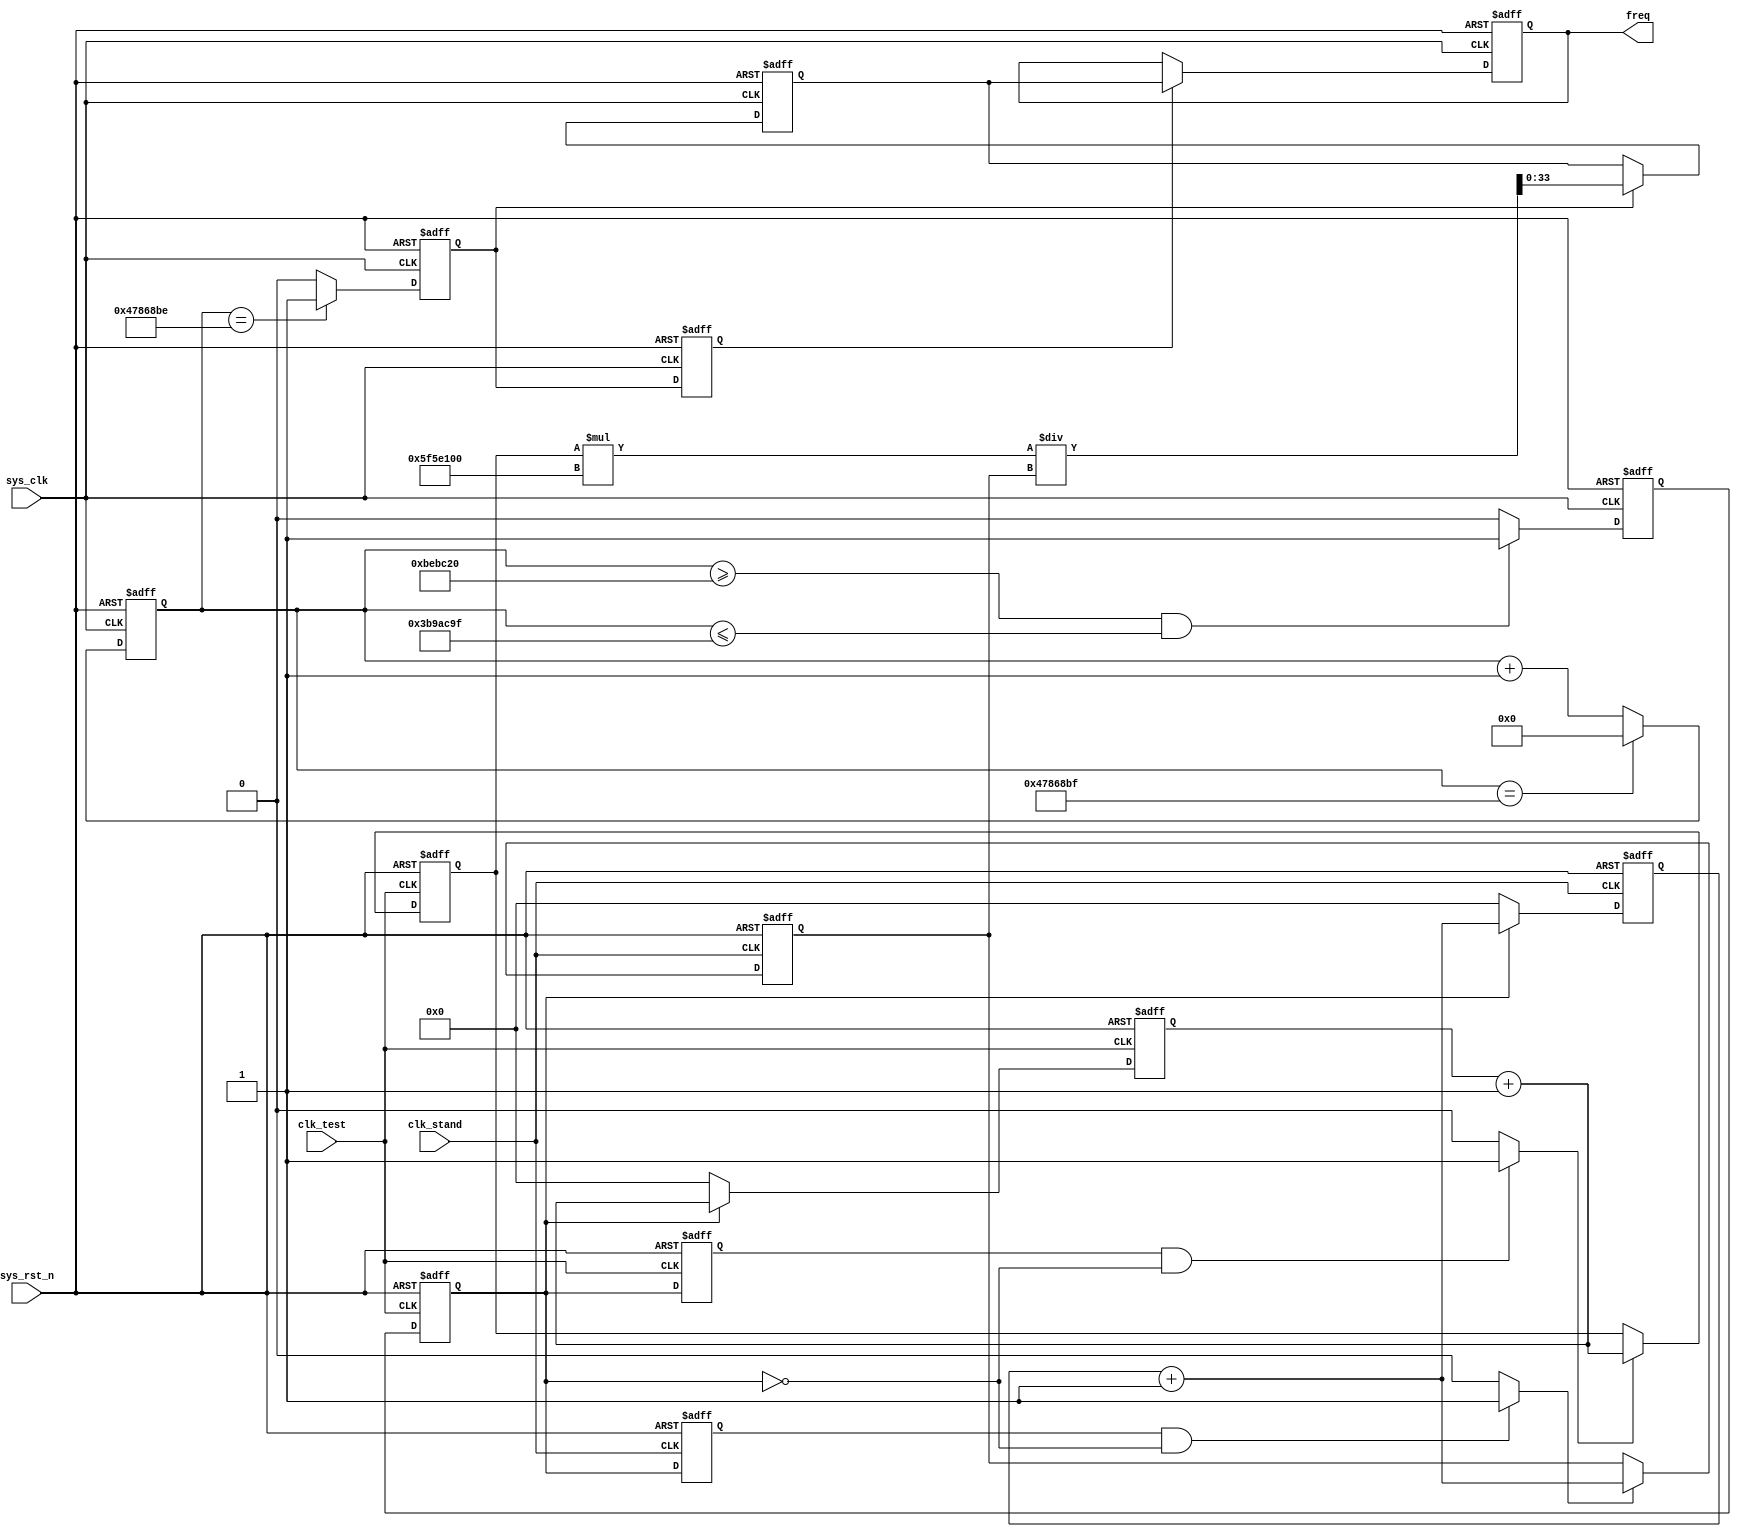
module freq_meter_calc (
    input wire sys_clk,
    input wire sys_rst_n,
    input wire clk_test,
    input wire clk_stand,
    output reg [33:0] freq
);
    
    parameter CNT_GATE_S_MAX = 27'd74_999_999;  // 1.5s
    parameter CNT_RISE_MAX = 27'd12_500_000;    // 0.25s
    parameter CLK_STAND_FREQ = 28'D100_000_000; // freq of clk_stand = 100Mhz
    
    wire gate_a_test_nedge_flag;
    wire gate_a_stand_nedge_flag;

    reg [26:0] cnt_gate_s;
    reg gate_s;
    reg gate_a;
    reg [47:0] cnt_clk_test;
    reg [47:0] cnt_clk_stand;
    reg gate_a_test;
    reg [47:0] cnt_clk_test_reg;
    reg gate_a_stand;
    reg [47:0] cnt_clk_stand_reg;
    reg calc_flag;
    reg [33:0] freq_reg;
    reg calc_flag_reg;

    // cnt_gate_s: 1.5s = count 0 to 74_999_999
    always @(posedge sys_clk or negedge sys_rst_n) begin
        if (sys_rst_n == 1'b0)
            cnt_gate_s <= 27'd0;
        else if (cnt_gate_s == CNT_GATE_S_MAX)
            cnt_gate_s <= 27'd0;
        else
            cnt_gate_s <= cnt_gate_s + 1'b1;
    end

    // gate_s: 0.25s(low) + 1s(high) + 0.25s(low)
    always @(posedge sys_clk or negedge sys_rst_n) begin
        if (sys_rst_n == 1'b0)
            gate_s <= 1'b0;
        else if ((cnt_gate_s >= CNT_RISE_MAX) && (cnt_gate_s <= (CNT_GATE_S_MAX - CNT_RISE_MAX)))
            gate_s <= 1'b1;
        else 
            gate_s <= 1'b0;
    end

    // gate_a
    always @(posedge clk_test or negedge sys_rst_n) begin
        if (sys_rst_n == 1'b0)
            gate_a <= 1'b0;
        else 
            gate_a <= gate_s;
    end

    // cnt_clk_test: count clk_test from 0 to X-1
    always @(posedge clk_test or negedge sys_rst_n) begin
        if (sys_rst_n == 1'b0)
            cnt_clk_test <= 48'd0;
        else if (gate_a == 1'b1)
            cnt_clk_test <= cnt_clk_test + 1'b1;
        else
            cnt_clk_test <= 48'd0;
    end

    // cnt_clk_stand: count clk_stand from 0 to Y-1
    always @(posedge clk_stand or negedge sys_rst_n) begin
        if (sys_rst_n == 1'b0)
            cnt_clk_stand <= 48'd0;
        else if (gate_a == 1'b1)
            cnt_clk_stand <= cnt_clk_stand + 1'b1;
        else 
            cnt_clk_stand <= 48'd0;
    end

    // gate_a_test: gate_a under clk_test delay 1 clk cycle
    always @(posedge clk_test or negedge sys_rst_n) begin
        if (sys_rst_n == 1'b0)
            gate_a_test <= 1'b0;
        else
            gate_a_test <= gate_a;
    end

    // gate_a_test_nedge_flag: detect the negative edge of gate_a_test
    assign gate_a_test_nedge_flag = ((gate_a_test == 1'b1) && (gate_a == 1'b0)) ? 1'b1 : 1'b0;

    // cnt_clk_test_reg: store cnt_clk_test last value X
    always @(posedge clk_test or negedge sys_rst_n) begin
        if (sys_rst_n == 1'b0)
            cnt_clk_test_reg <= 48'd0;
        else if (gate_a_test_nedge_flag == 1'b1)
            cnt_clk_test_reg <= cnt_clk_test + 1'b1;
    end
    
    // gate_a_stand: gate_a under clk_stand delay 1 clk cycle
    always @(posedge clk_stand or negedge sys_rst_n) begin
        if (sys_rst_n == 1'b0)
            gate_a_stand <= 1'b0;
        else
            gate_a_stand <= gate_a;
    end

    // gate_a_stand_nedge_flag: detect the negative edge of gate_a_stand
    assign gate_a_stand_nedge_flag = ((gate_a_stand == 1'b1) && (gate_a == 1'b0)) ? 1'b1 : 1'b0;

    // cnt_clk_stand_reg: store cnt_clk_stand last value Y
    always @(posedge clk_stand or negedge sys_rst_n) begin
        if (sys_rst_n == 1'b0)
            cnt_clk_stand_reg <= 48'd0;
        else if (gate_a_stand_nedge_flag == 1'b1)
            cnt_clk_stand_reg <= cnt_clk_stand + 1'b1;
    end

    // calc_flag: As cnt_gate_s = 74_999_998, calc_flag send a pulse signal. It means begin to caculate fx
    always @(posedge sys_clk or negedge sys_rst_n) begin
        if (sys_rst_n == 1'b0)
            calc_flag <= 1'b0;
        else if (cnt_gate_s == CNT_GATE_S_MAX - 1'b1)
            calc_flag <= 1'b1;
        else
            calc_flag <= 1'b0;
    end

    // freq_reg: As calc_flag=1, calculate fx
    always @(posedge sys_clk or negedge sys_rst_n) begin
        if (sys_rst_n == 1'b0)
            freq_reg <= 34'd0;
        else if (calc_flag == 1'b1)
            freq_reg <= cnt_clk_test_reg * CLK_STAND_FREQ / cnt_clk_stand_reg;
    end

    // calc_flag_reg: calc_flag delay 1 clk cycle
    always @(posedge sys_clk or negedge sys_rst_n) begin
        if (sys_rst_n == 1'b0)
            calc_flag_reg <= 1'b0;
        else
            calc_flag_reg <= calc_flag;
    end
    
    // freq: output the freq of clk_test
    always @(posedge sys_clk or negedge sys_rst_n) begin
        if (sys_rst_n == 1'b0)
            freq <= 34'd0;
        else if (calc_flag_reg == 1'b1)
            freq <= freq_reg;
    end

endmodule